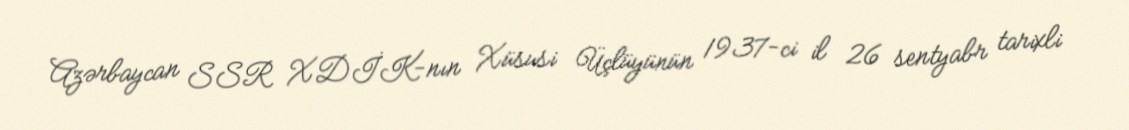
Azərbaycan SSR XDİK-nın Xüsusi Üçlüyünün 1937-ci il 26 sentyabr tarixli